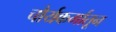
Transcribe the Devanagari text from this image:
चौर्यकर्मातून